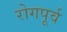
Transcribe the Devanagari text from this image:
रोगपूर्व